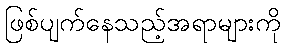
ဖြစ်ပျက်နေသည့်အရာများကို